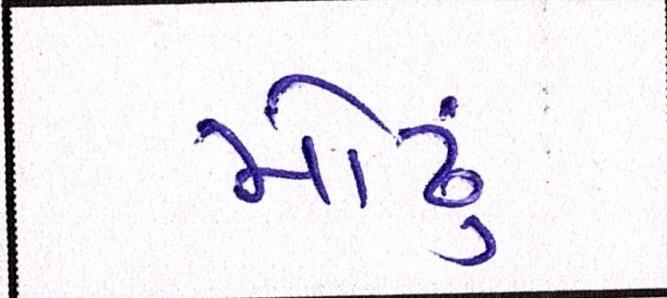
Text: મોઢું